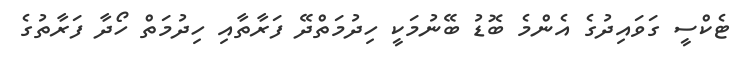
ޓެކްސީ ގަވައިދުގެ އެންމެ ބޮޑު ބޭނުމަކީ ހިދުމަތްދޭ ފަރާތާއި ހިދުމަތް ހޯދާ ފަރާތުގެ